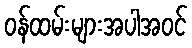
ဝန်ထမ်းများအပါအဝင်